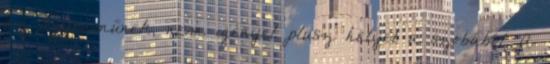
az ágyneműnek, nem igényel plusz helyet a szobából. A